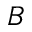
B